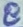
Text: 8